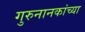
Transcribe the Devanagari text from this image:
गुरुनानकांच्या